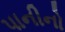
પાનીનો